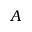
A